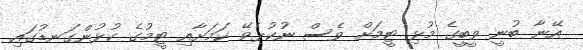
އޭނާ ބުނީ ވީބީގެ މުޅި ޓީމަށް ވެސް ނުކުޅެވޭ ކަމަށާއި ޓީމުގެ ކުޅުންގަނޑުގައި